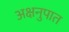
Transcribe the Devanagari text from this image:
अक्षनुपात